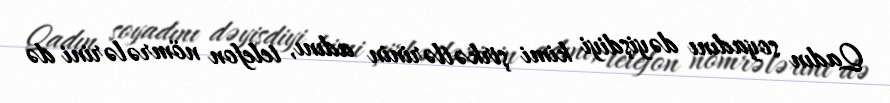
Qadın soyadını dəyişdiyi kimi şirkətlərinin adını, telefon nömrələrini də